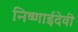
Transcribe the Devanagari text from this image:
निष्णाईदेवी